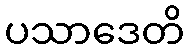
ပသာဒေတိ